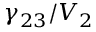
\gamma _ { 2 3 } / V _ { 2 }